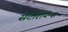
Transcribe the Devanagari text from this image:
सेटेशियन्स